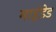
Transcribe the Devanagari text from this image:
माइंडेड